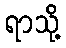
ရာသို့